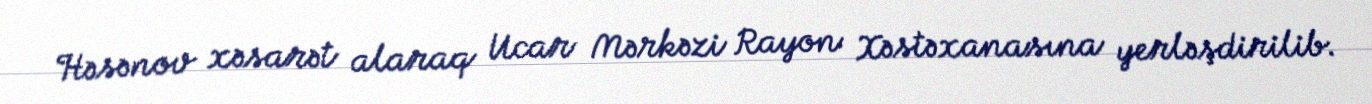
Həsənov xəsarət alaraq Ucar Mərkəzi Rayon Xəstəxanasına yerləşdirilib.